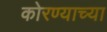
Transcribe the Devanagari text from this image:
कोरण्याच्या